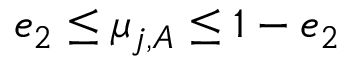
\begin{array} { r } { e _ { 2 } \le \mu _ { j , A } \le 1 - e _ { 2 } } \end{array}